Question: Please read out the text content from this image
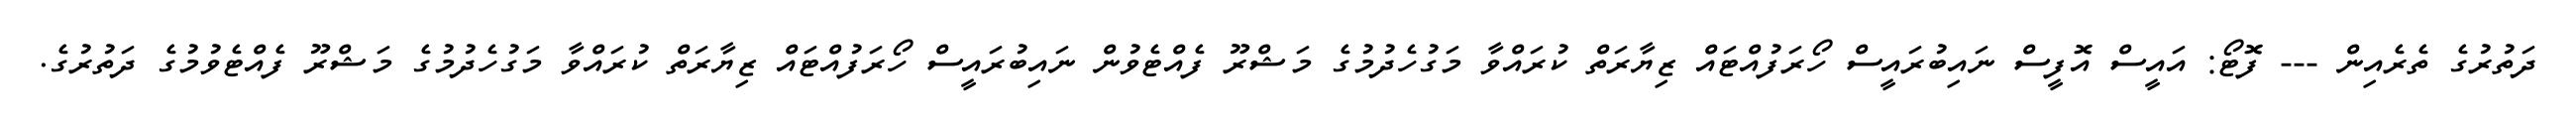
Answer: ދަތުރުގެ ތެރެއިން --- ފޮޓޯ: އައީސް އޮފީސް ނައިބުރައީސް ހޯރަފުއްޓައް ޒިޔާރަތް ކުރައްވާ މަގުހެދުމުގެ މަޝްރޫ ފެއްޓެވުން ނައިބުރައީސް ހޯރަފުއްޓައް ޒިޔާރަތް ކުރައްވާ މަގުހެދުމުގެ މަޝްރޫ ފެއްޓެވުމުގެ ދަތުރުގެ.